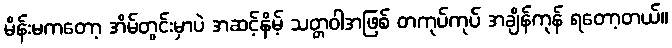
မိန်းမကတော့ အိမ်တွင်းမှာပဲ အဆင့်နိမ့် သတ္တဝါအဖြစ် တကုပ်ကုပ် အချိန်ကုန် ရတော့တယ်။